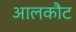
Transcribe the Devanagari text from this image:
आलकौट